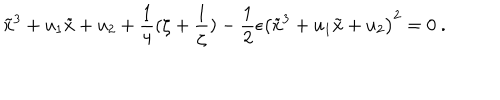
\tilde { x } ^ { 3 } + u _ { 1 } \tilde { x } + u _ { 2 } + \frac { 1 } { 4 } ( \zeta + \frac { 1 } { \zeta } ) - \frac { 1 } { 2 } \epsilon \left( \tilde { x } ^ { 3 } + u _ { 1 } \tilde { x } + u _ { 2 } \right) ^ { 2 } = 0 \ .